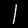
Label: 1